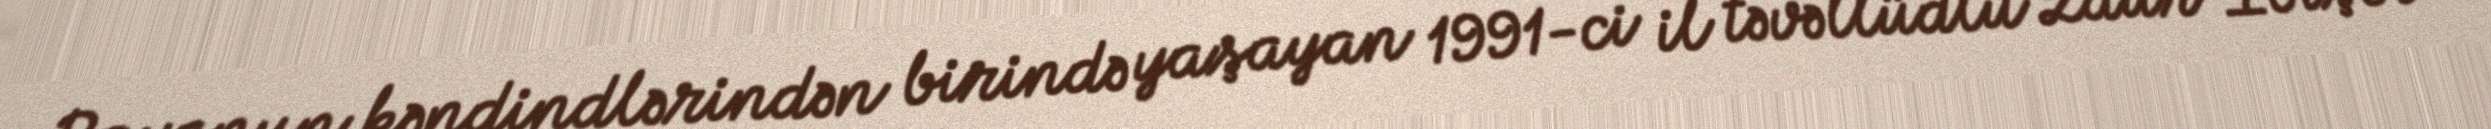
Rayonun kəndindlərindən birində yaşayan 1991-ci il təvəllüdlü Zaur İbişov